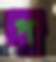
প